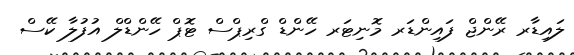
ލައިޑާރ ރޭންޖް ފައިންޑަރ މޮނިޓަރ ހޭންޑް ގްރިޕްސް ޓޮޕް ހޭންޑްލް އުފުލާ ކޭސް